Tartu_pedagoogiumi_aruanded, lk 9
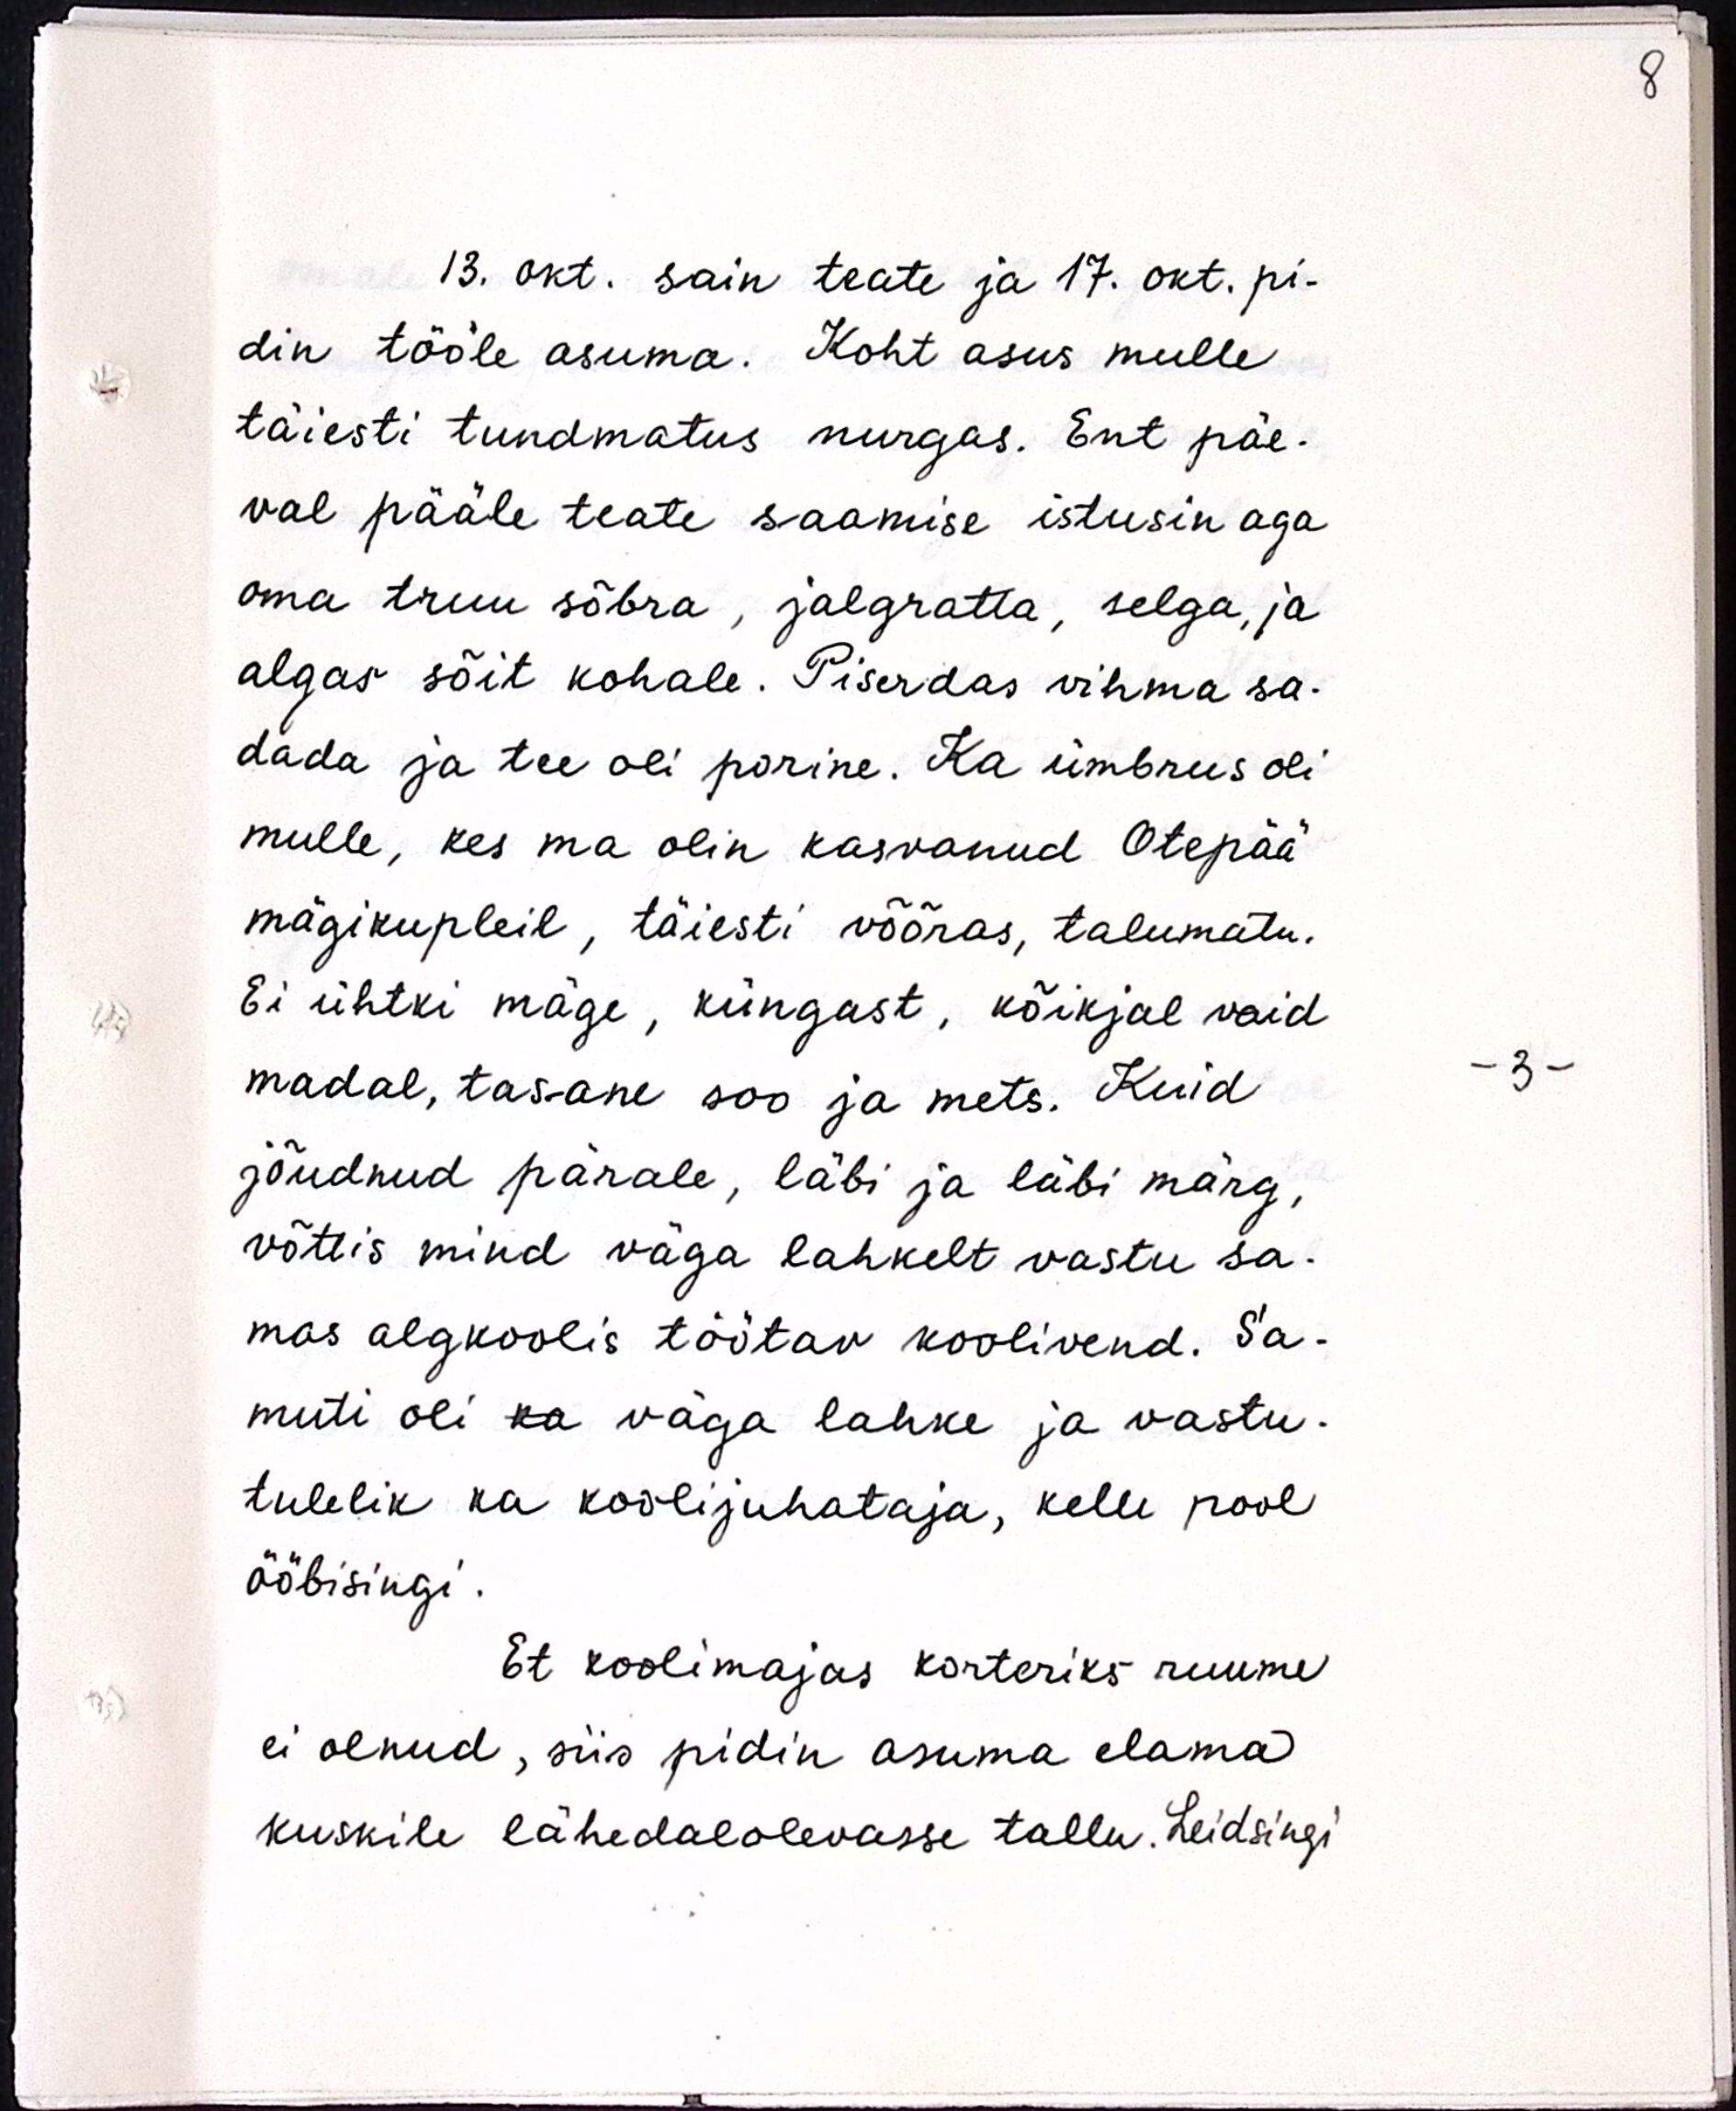
13. okt. sain teate ja 17. okt. pi-
din tööle asuma. Koht asus mulle
täiesti tundmatus nurgas. Ent päe-
val pääle teate saamise istusin aga
oma truu sõbra, jalgratta, selga, ja
algas sõit kohale. Piserdas vihma sa-
dada ja tee oli porine. Ka ümbrus oli
mulle, kes ma olin kasvanud Otepää-
mägikupleil, täiesti võõras, talumatu.
Ei ühtki mäge, küngast, kõikjal vaid
madal, tasane soo ja mets. Kuid
jõudnud pärale, läbi ja läbi märg,
võttis mind väga lahkelt vastu sa-
mas algkoolis töötav koolivend. Sa-
muti oli ka väga lahke ja vastu-
tulelik ka koolijuhataja, kelle pool
ööbisingi.
Et koolimajas korteriks ruume
ei olnud, siis pidin asuma elama
kuskile lähedalolevasse tallu. Leidsingi